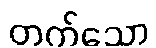
တက်သော